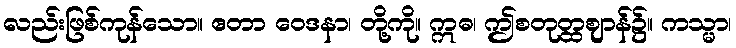
လည်းဖြစ်ကုန်သော။ ဧတာ ဝေဒနာ၊ တို့ကို။ ဣဓ၊ ဤစတုတ္ထဈာန်၌။ ကသ္မာ၊